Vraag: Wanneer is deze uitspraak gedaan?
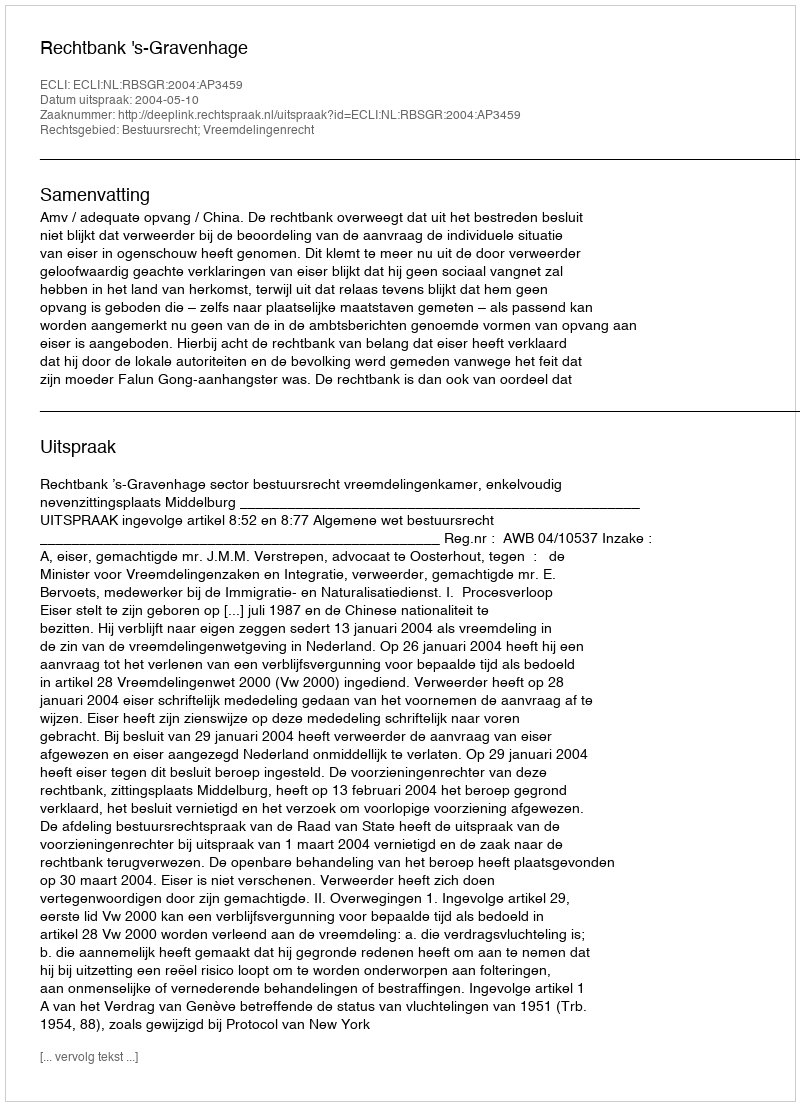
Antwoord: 2004-05-10